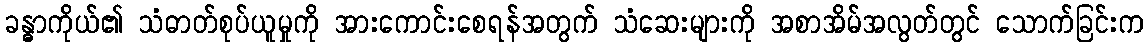
ခန္ဓာကိုယ်၏ သံဓာတ်စုပ်ယူမှုကို အားကောင်းစေရန်အတွက် သံဆေးများကို အစာအိမ်အလွတ်တွင် သောက်ခြင်းက